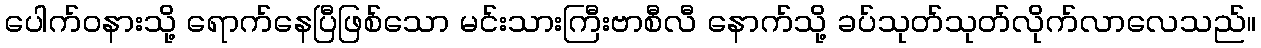
ပေါက်ဝနားသို့ ရောက်နေပြီဖြစ်သော မင်းသားကြီးဗာစီလီ နောက်သို့ ခပ်သုတ်သုတ်လိုက်လာလေသည်။